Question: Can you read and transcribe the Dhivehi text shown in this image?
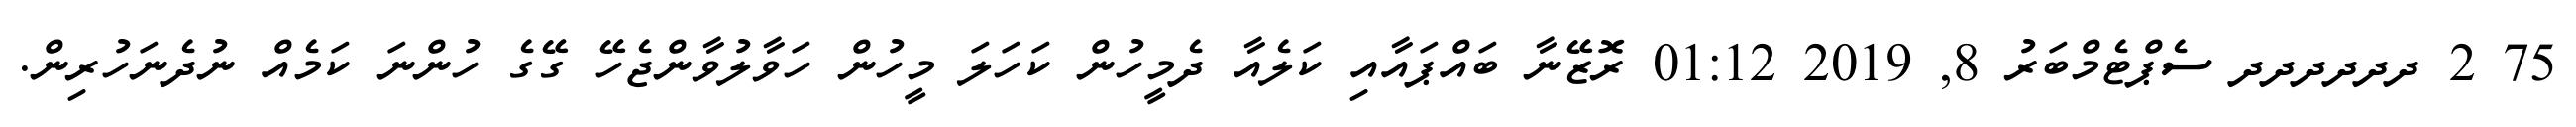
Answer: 75 2 ދދދދދދ ސެޕްޓެމްބަރު 8, 2019 01:12 ރޮޒޭނާ ބައްޕައާއި ކަލެއާ ދެމީހުން ކަހަލަ މީހުން ހަވާލުވާންޖެހޭ ގޭގެ ހުންނަ ކަމެއް ނުދެނަހުރިން.